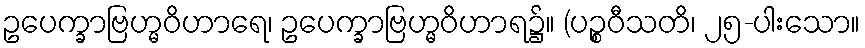
ဥပေက္ခာဗြဟ္မဝိဟာရေ၊ ဥပေက္ခာဗြဟ္မဝိဟာရ၌။ (ပဉ္စဝီသတိ၊ ၂၅-ပါးသော။